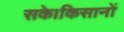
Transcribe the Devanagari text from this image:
सके।किसानों